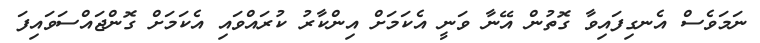
ނަމަވެސް އެނގިފައިވާ ގޮތުން އޭނާ ވަނީ އެކަމަށް އިންކާރު ކުރައްވައި އެކަމަށް ގޮންޖައްސަވައިފަ